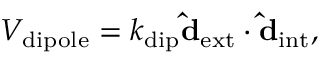
\begin{array} { r } { V _ { \mathrm { d i p o l e } } = k _ { \mathrm { d i p } } \mathbf { \hat { d } _ { \mathrm { e x t } } } \cdot \mathbf { \hat { d } _ { \mathrm { i n t } } } , } \end{array}